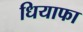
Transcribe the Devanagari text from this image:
धियाफा